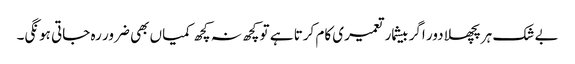
بے شک ہر پچھلا دور اگر بیشمار تعمیری کام کرتا ہے تو کچھ نہ کچھ کمیاں بھی ضرور رہ جاتی ہونگی۔